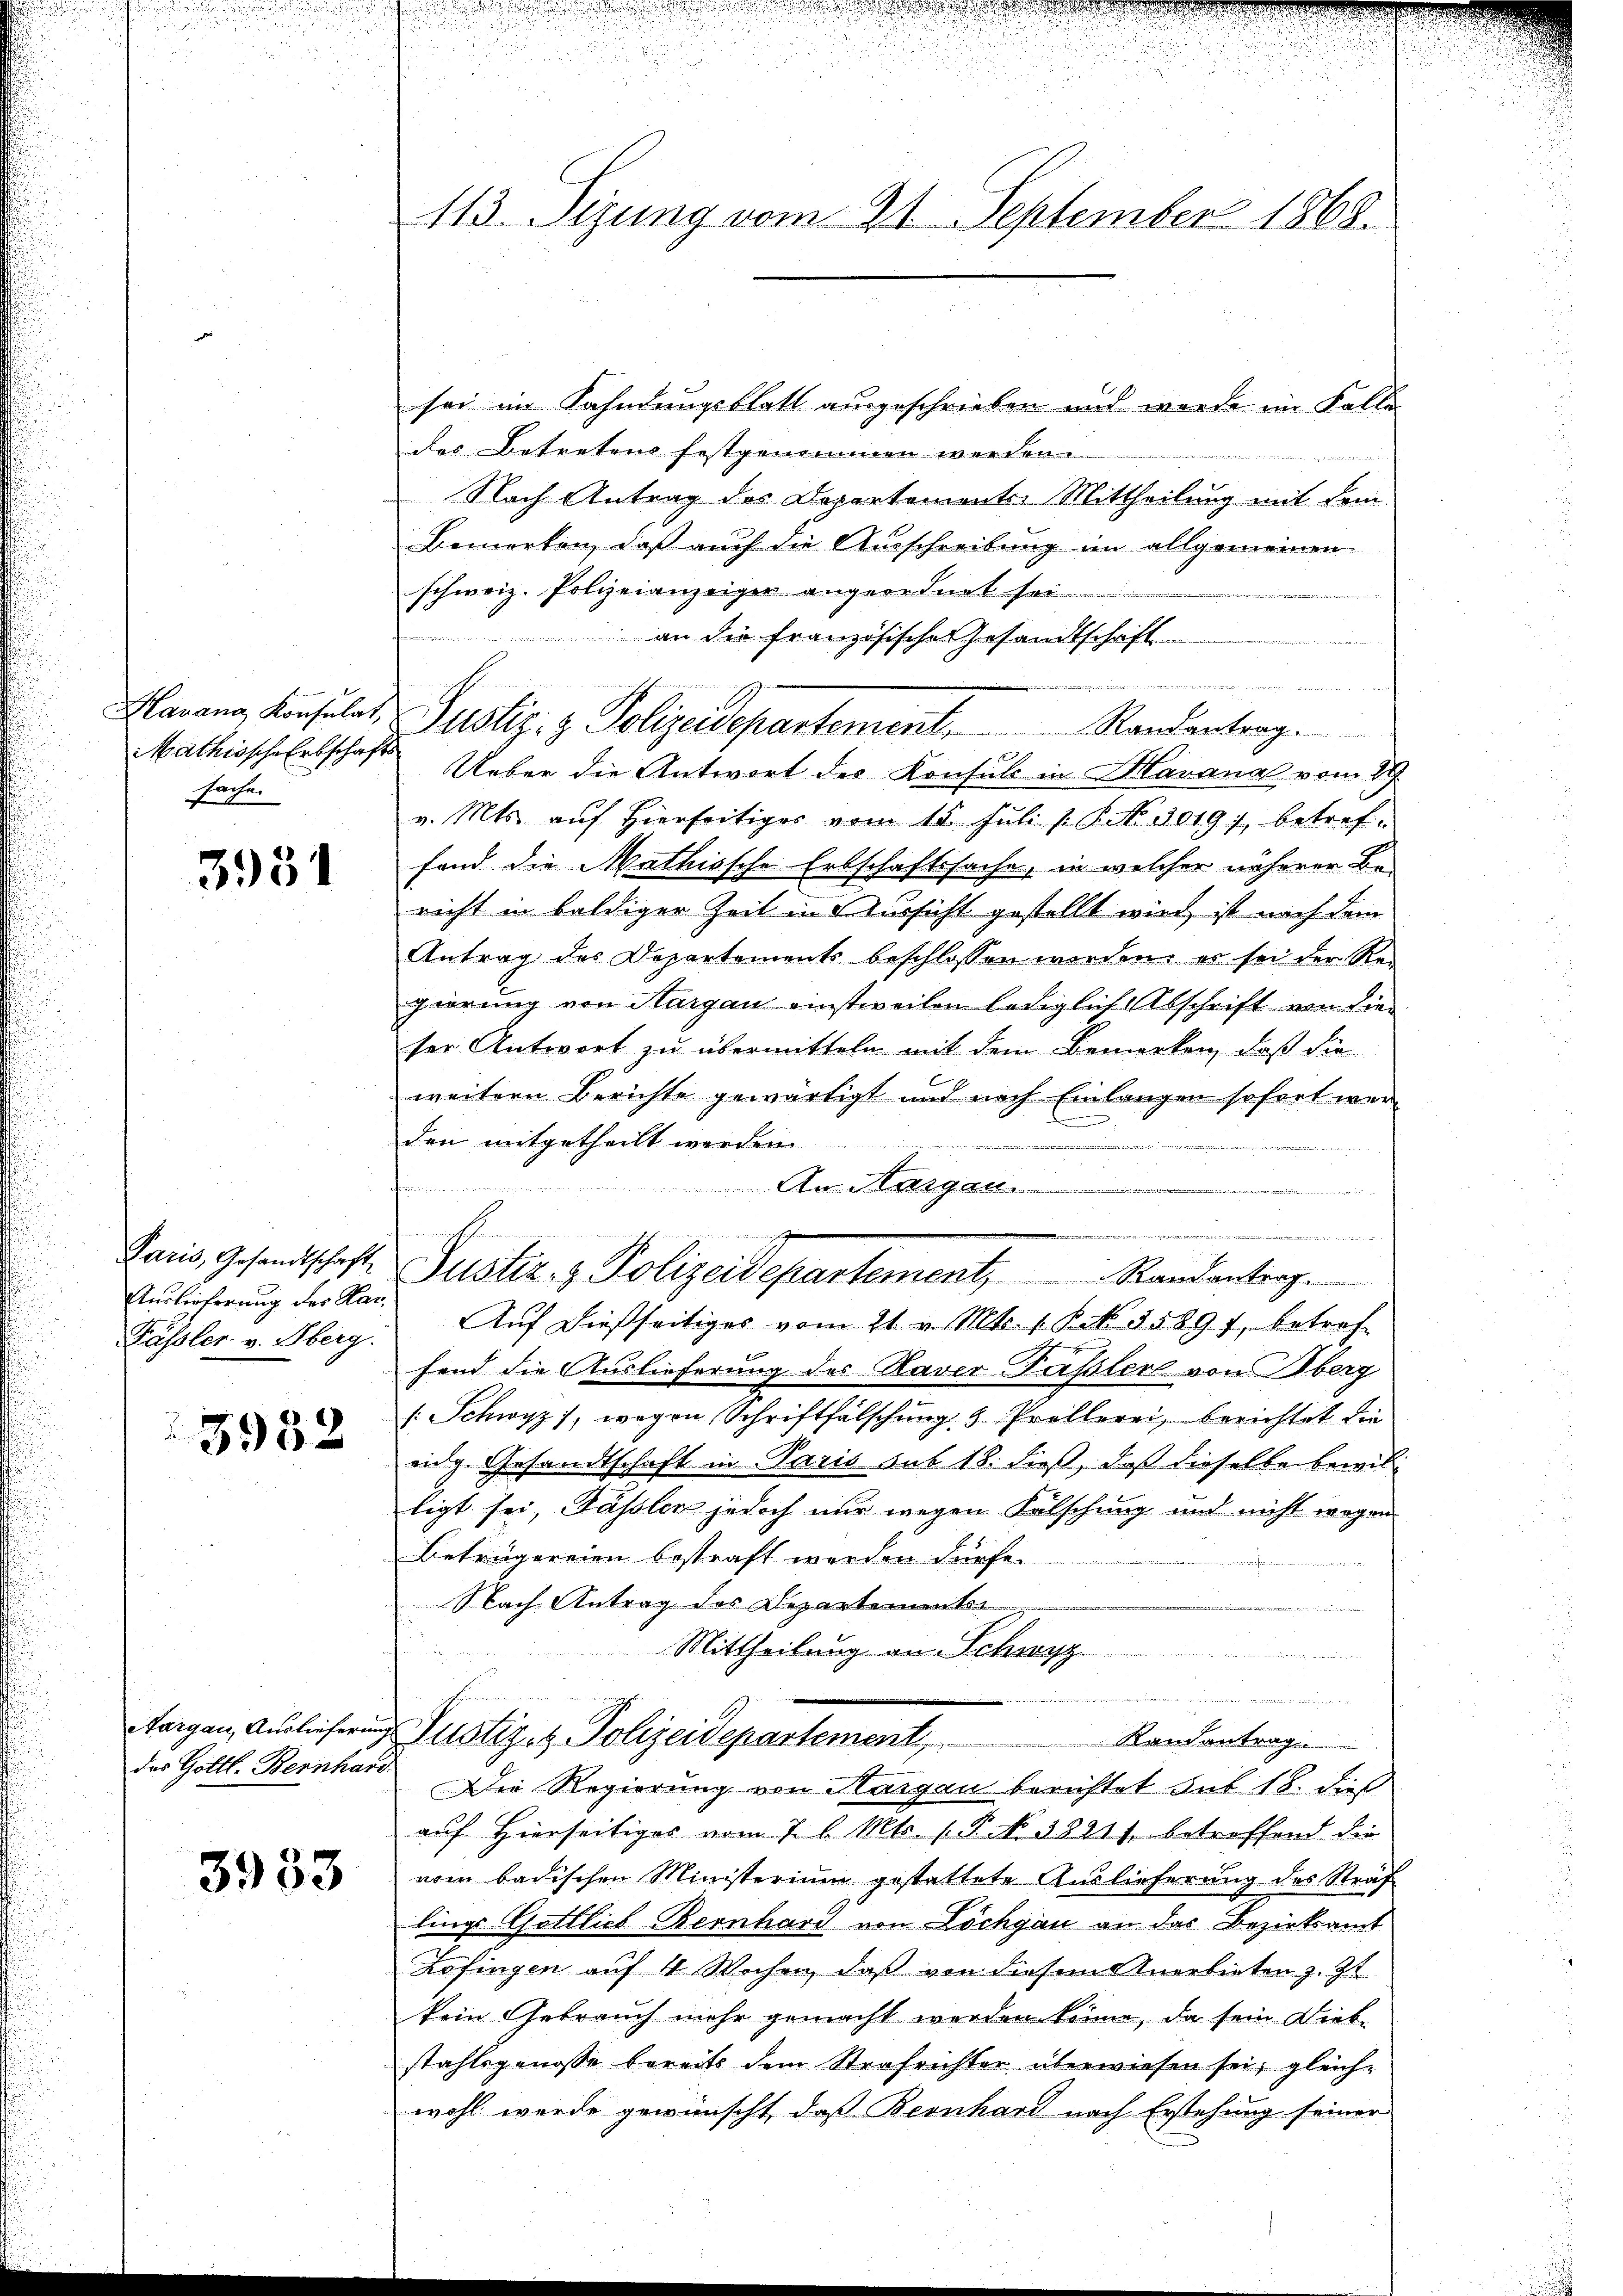
Mathische Erbschafts
Sache.
 |

3951

Paris, Gesandtschaft
Auslieferung des Kar¬
Fässler v. Oberg.

3952

Aargau, Auslieferung
des Gottl. Bernhard.

3933

113. Sizung vom 21. September 1868.

Harang, Konsulat, Pustiz- & Polizeidepartement,

sei im Kahndungsblatt ausgeschrieben und werde im Fallides Betretens festgenommen werden.
Nach Antrag des Departemente Mittheilung mit Fein-
Bemerken, daß auch die Ausschreibung im allgemeinen
schweiz. Polizeianzeiger angeordnet sei

an die französische Gesandtschaft
t
Randantrag.
Ueber die Antwort des Konsul in Havana vom 19.
v. Mts. auf hierseitiger vom 15. Juli l. P. NNo. 2019), betreffand die Mathissche Erbschaftssache, in welcher näherer Be-
richt in baldiger Zeit in Aussicht gestellt wird, ist nach dem
Antrag des Departements beschlossen worden, es sei der Re-
gierung von Margau einstweilen lediglich Abschrift von die
ser Antwort zu übermitteln mit dem Bemerken, daß die
E
weitern Berichte gewärtigt und nach Einlangen sofort werd
den mitgetheilt werden
rainen wird ad 2. der eint. 251.

An Mangen
Auf dießseitiges vom 21. v. Mts. 1 Pkt. 15897, betref
hend die Auslieferung des Raver Versaler von Überg
[: Schwyz), wegen Schriftfälschung 5 Prollerei, berichtet die
eig. Gesandtschaft in Paris sub 18. dieß, daß dieselben bewil
tigt sei, Fassler jedoch nur wegen Falschung und nicht wegen
Beträgereien bestraft werden dürfe.
Nach Antrag des Departementen
Mittheilung an Schwyz

Justiz- & Polizeidepartement,
Randantrag
Die Regierung von Haigau berichtet hat 18. dies
auf Hierseitiges vom 7 l. Mts. 1. P. Nr. 38211 betreffend die
vom badischen Ministerium gestattete Auslieferung des Straf
lings Gottlieb Bernhard von Löchgau an das Bezirksamt
Lofingen auf 4 Wochen, daß von diesem Anerbieten z. Zt.
kein Gebrauch mehr gemacht werden könne, da sein Diebstahlsgenosse bereits dem Strafrichter überwiesen sei; gleich-
wohl werde gewünscht, daß Bernhard nach Erstehung seiner

inchen
 der eingen eine Gener wegen einer werden der waren und der
Justiz- & Polizeidepartement, Randantrag.